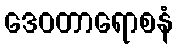
ဒေဝတာရောစနံ